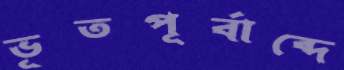
ভূতপূর্বাব্দে